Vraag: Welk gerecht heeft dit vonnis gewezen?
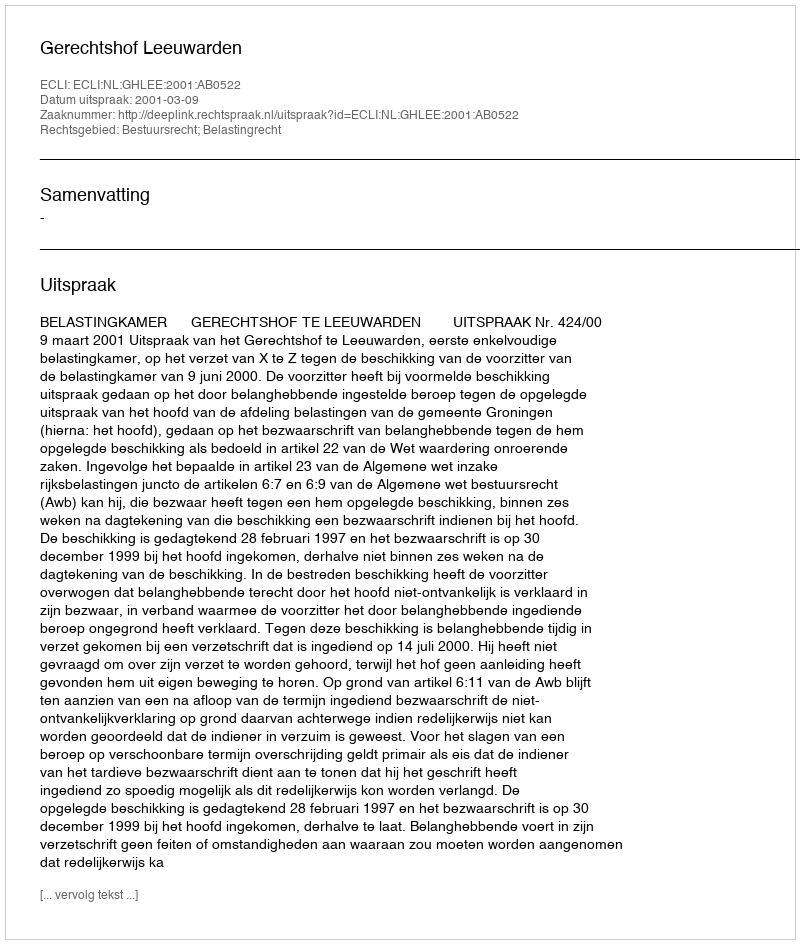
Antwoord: Gerechtshof Leeuwarden